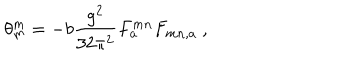
\theta _ { m } ^ { m } = - b \frac { g ^ { 2 } } { 3 2 \pi ^ { 2 } } F _ { a } ^ { m n } F _ { m n , a } \ ,